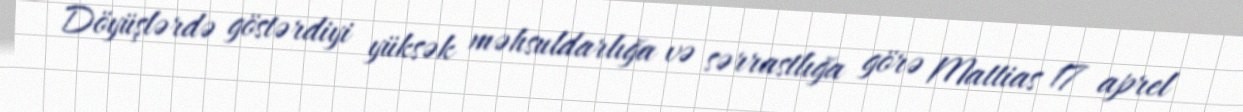
Döyüşlərdə göstərdiyi yüksək məhsuldarlığa və sərrastlığa görə Mattias 17 aprel